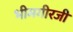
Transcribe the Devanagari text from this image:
भीमगीरजी